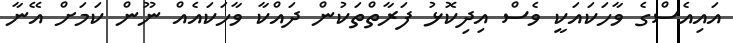
އައިއެސްގެ ވާހަކައަކީ ވެސް އިދިކޮޅު ފަރާތްތަކުން ދައްކާ ވާހަކައެއް ނޫން ކަމަށް އޭނާ